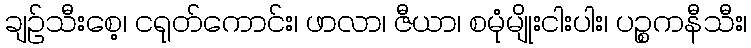
ချဉ်သီးစေ့၊ ငရုတ်ကောင်း၊ ဖာလာ၊ ဇီယာ၊ စမုံမျိုးငါးပါး၊ ပဉ္စကနီသီး၊